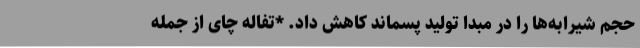
حجم شیرابه‌ها را در مبدا تولید پسماند کاهش داد. *تفاله چای از جمله